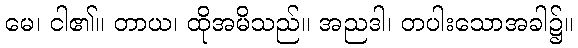
မေ၊ ငါ၏။ တာယ၊ ထိုအမိသည်။ အညဒါ၊ တပါးသောအခါ၌။